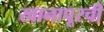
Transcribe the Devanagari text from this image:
खानापूरची